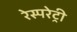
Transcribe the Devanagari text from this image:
रेस्परेट्री